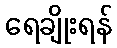
ရေချိုးရန်